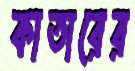
কাতারের